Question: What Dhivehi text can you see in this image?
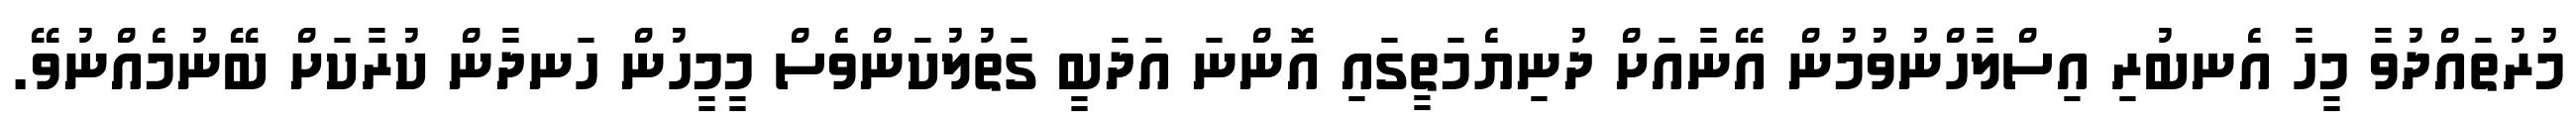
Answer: މުރުތައްދުވާ މީހާ އެނބުރި އިސްލާހްނުވުމުން އޭނާއަށް ދުނިޔެމަތީގައި އޮންނަ އަދަބީ ގަތުލުކަންވެސް މީމީހުން ހަނދާން ކުރާކަށް ބޭނުމެއްނުވޭ.